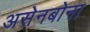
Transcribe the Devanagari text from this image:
असेनबोना